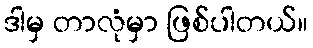
ဒါမှ တာလုံမှာ ဖြစ်ပါတယ်။